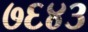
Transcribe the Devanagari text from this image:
७६४३